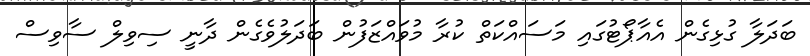
ބަދަލާ ގުޅިގެން އެއާޕޯޓުގައި މަސައްކަތް ކުރާ މުވައްޒަފުން ބަދަލުވެގެން ދާނީ ސިވިލް ސާވިސް